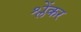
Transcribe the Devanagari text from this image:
श्लेंकर